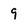
Character: 9